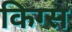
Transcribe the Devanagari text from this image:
किग्स